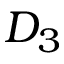
D _ { 3 }